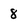
Character: 8